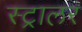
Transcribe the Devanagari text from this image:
स्ट्रालर